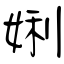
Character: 娳